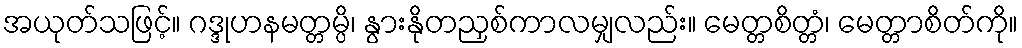
အယုတ်သဖြင့်။ ဂဒ္ဒုဟနမတ္တမ္ပိ၊ နွားနိုတညှစ်ကာလမျှလည်း။ မေတ္တစိတ္တံ၊ မေတ္တာစိတ်ကို။